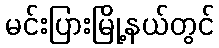
မင်းပြားမြို့နယ်တွင်